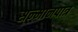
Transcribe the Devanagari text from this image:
सन्‍मानपात्र